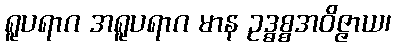
ရူပရာဂ အရူပရာဂ မာန ဥဒ္ဓစ္စအဝိဇ္ဇာယ၊